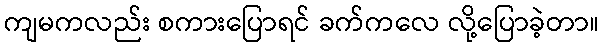
ကျမကလည်း စကားပြောရင် ခက်ကလေ လို့ပြောခဲ့တာ။